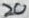
Text: 20